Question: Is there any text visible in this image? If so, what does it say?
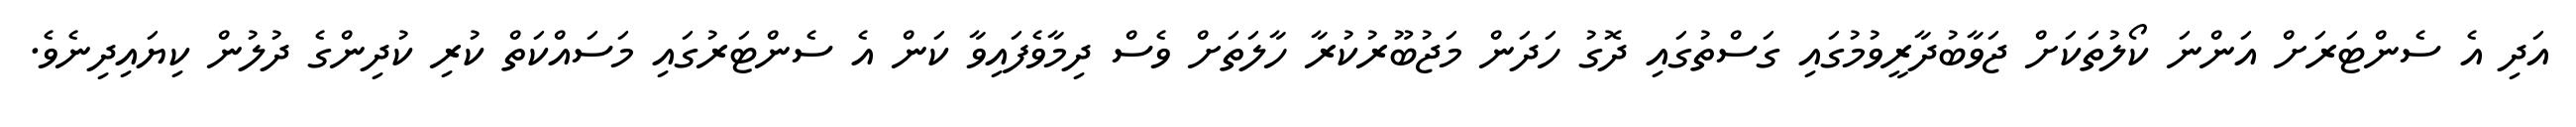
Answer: އަދި އެ ސެންޓަރަށް އަންނަ ކޯލުތަކަށް ޖަވާބުދާރީވުމުގައި ގަސްތުގައި ދޮގު ހަދަން މަޖުބޫރުކުރާ ހާލަތަށް ވެސް ދިމާވެފައިވާ ކަން އެ ސެންޓަރުގައި މަސައްކަތް ކުރި ކުދިންގެ ދުލުން ކިޔައިދިނެވެ.